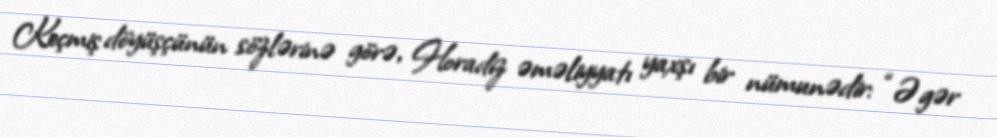
Keçmiş döyüşçünün sözlərinə görə, Horadiz əməliyyatı yaxşı bir nümunədir: “Əgər